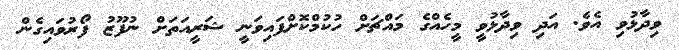
ވިދާޅުވި އެވެ. އަދި ވިދާޅުވީ މީހެއްގެ މައްޗަށް ހުކުމްކޮށްފައިވަނީ ޝަރީއަތަށް ނުފޫޒު ފޯރުވައިގެން